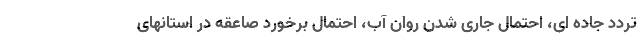
تردد جاده ای، احتمال جاری شدن روان آب، احتمال برخورد صاعقه در استانهای